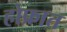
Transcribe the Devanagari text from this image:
होफ्रात